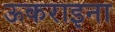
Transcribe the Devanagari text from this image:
ऊकराइना